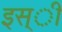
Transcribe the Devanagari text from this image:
इस्ी